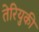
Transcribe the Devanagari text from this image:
तेरियुकी